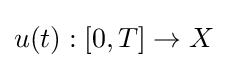
u(t):[0,T]\to X